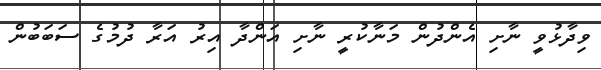
ވިދާޅުވީ ނާށި އެންދުން މަނާކުރީ ނާށި އަންދާ އިރު އަރާ ދުމުގެ ސަބަބުން